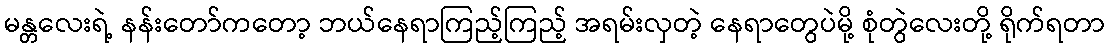
မန္တလေးရဲ့ နန်းတော်ကတော့ ဘယ်နေရာကြည့်ကြည့် အရမ်းလှတဲ့ နေရာတွေပဲမို့ စုံတွဲလေးတို့ ရိုက်ရတာ